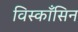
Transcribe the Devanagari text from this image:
विस्काँसिन